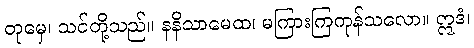
တုမှေ၊ သင်တို့သည်။ နနိသာမေထ၊ မကြားကြကုန်သလော။ ဣဒံ၊